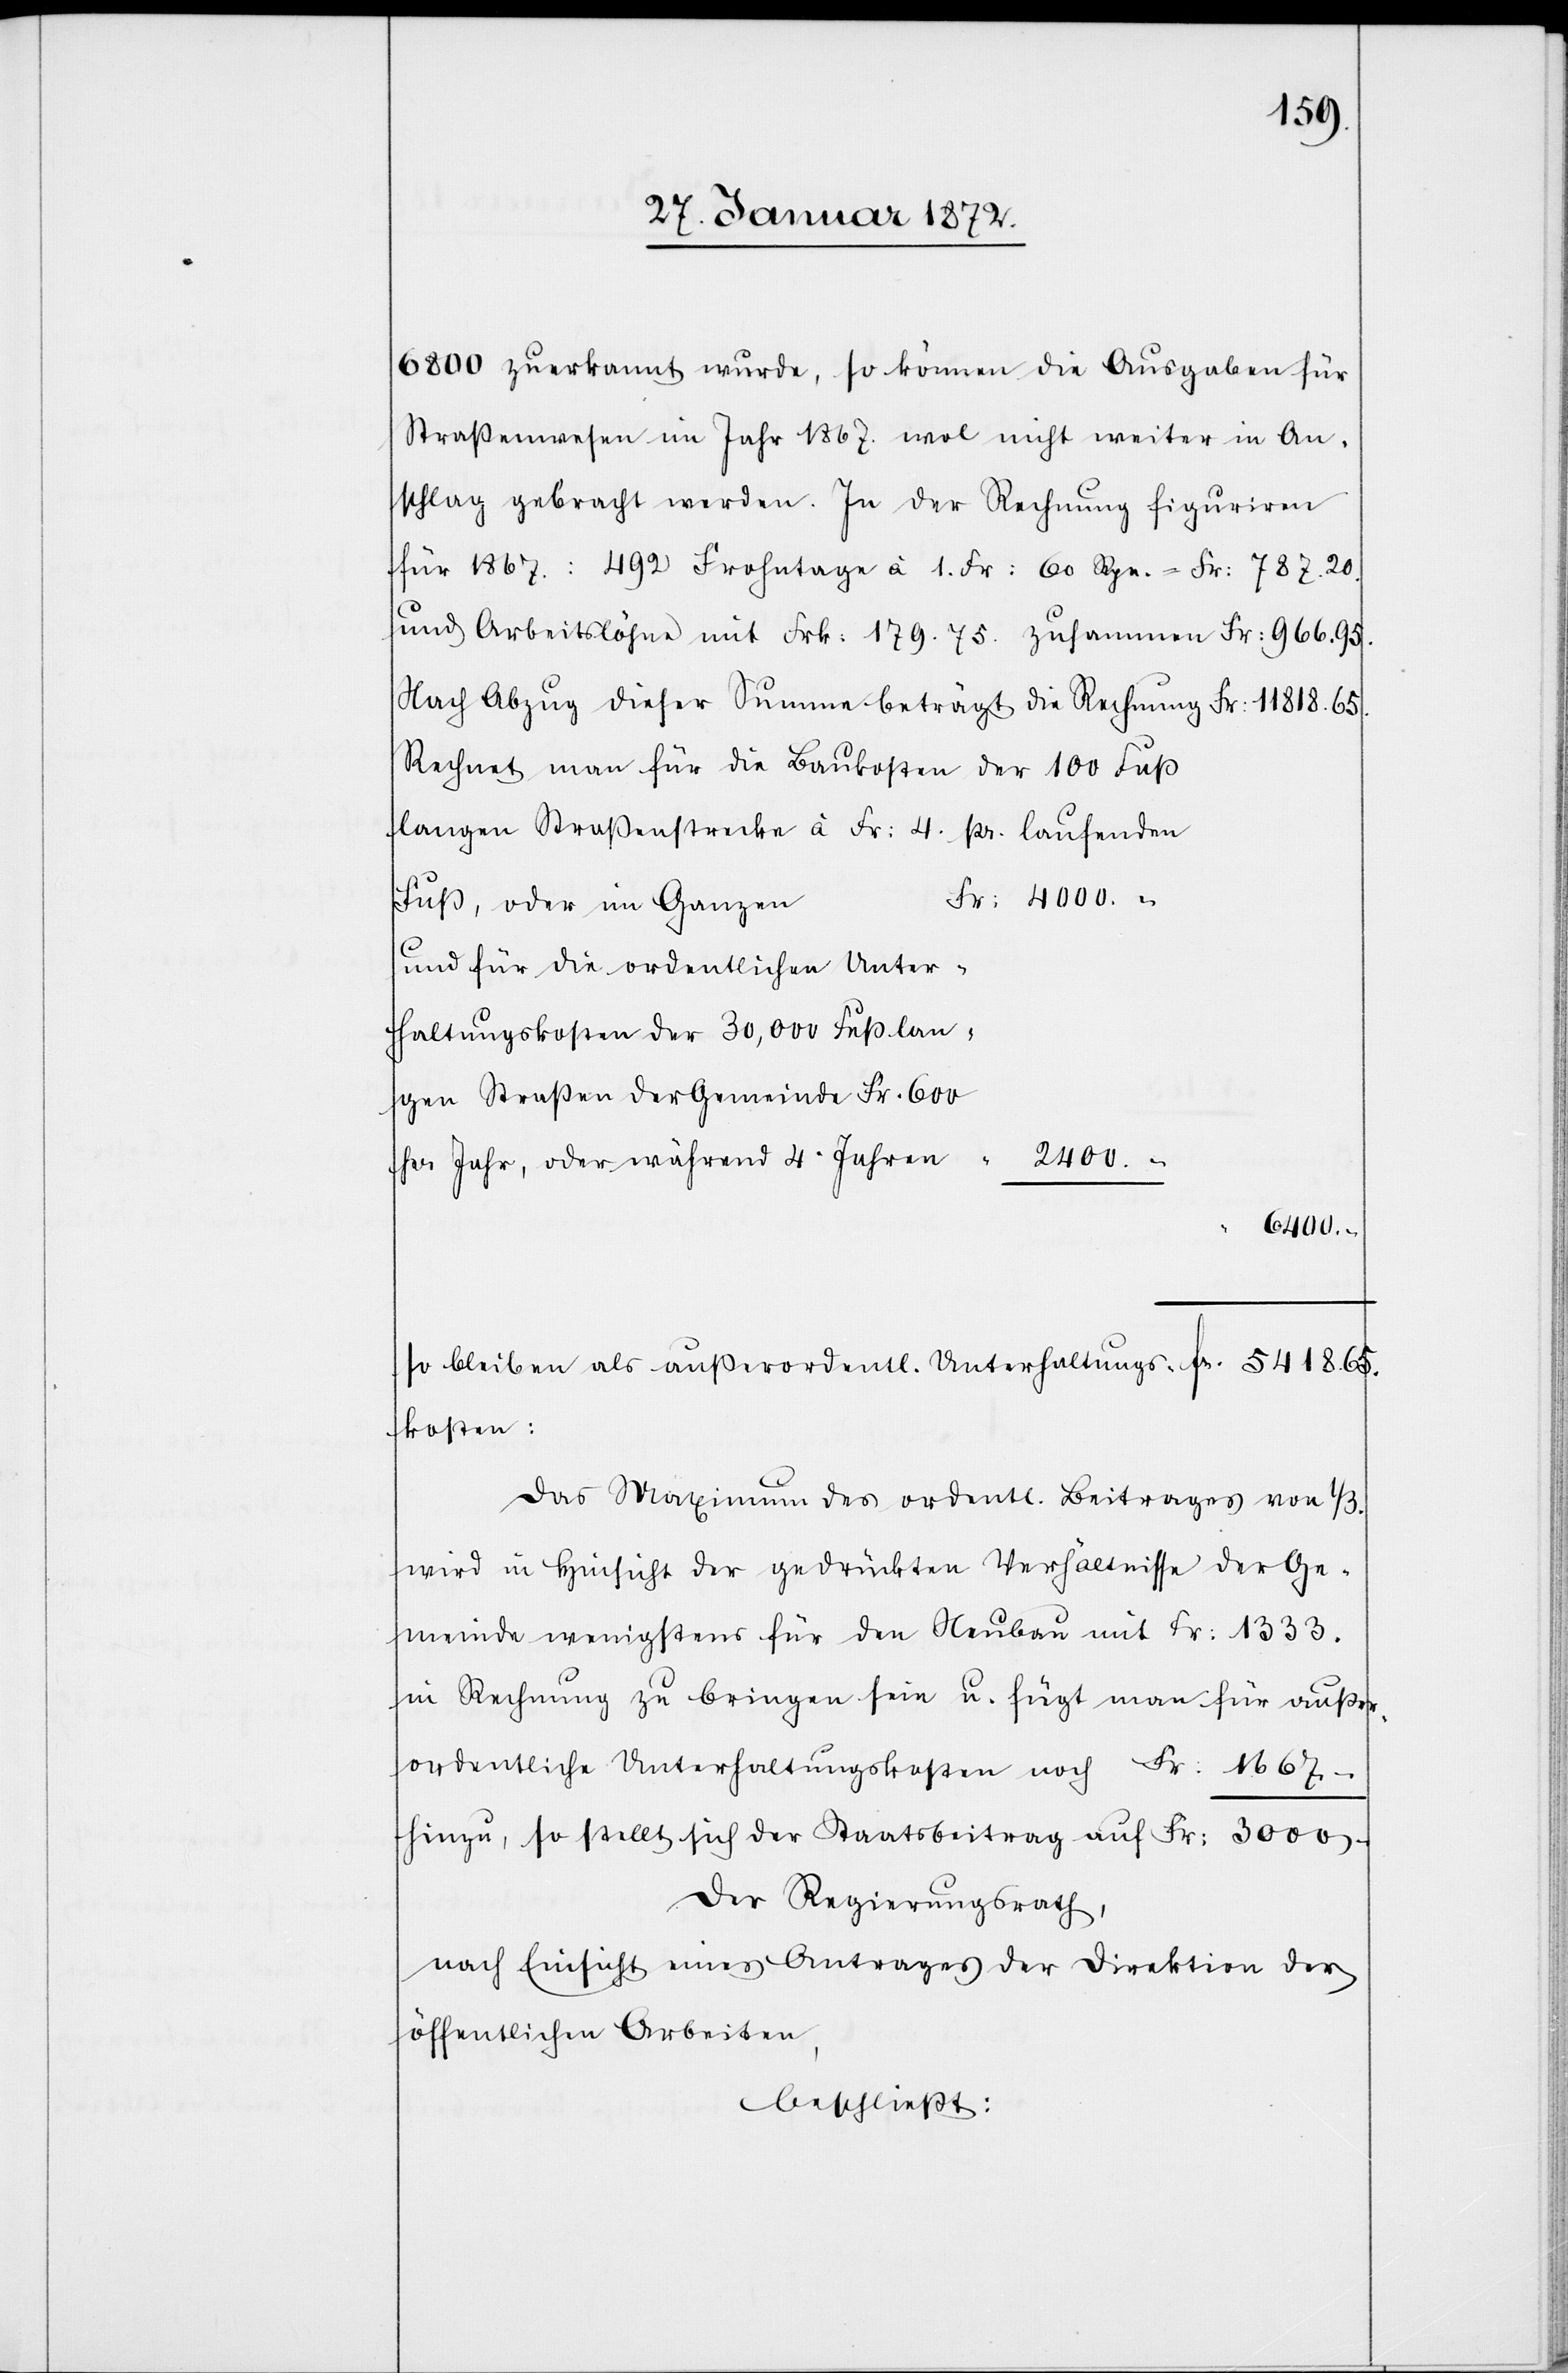
6800 zuerkannt wurde, so können die Ausgaben für
Straßenwesen im Jahre 1867. wol nicht weiter in An¬
schlag gebracht werden. In der Rechnung figuriren
für 1867.: 492 Frohntage à 1. Fr: 60 Rpn. = Fr: 787.20.
und Arbeitslöhne mit Frk: 179.75. zusammen Fr: 966.95.
Nach Abzug dieser Summe beträgt die Rechnung Fr: 11818.65.
Rechnet man für die Baukosten der 100 Fuß
langen Straßenstrecke à Fr: 4. pr. laufenden
Fr: 4000.–
und für die ordentlichen Unter¬
haltungskosten der 30,000 Fuß lan¬
gen Straßen der Gemeinde Fr. 600
frs.
2400.–
pr. Jahr, oder während 4 Jahren
“
6400.–
so bleiben als außerordentl. Unterhaltungskosten:
Das Maximum des ordentl. Beitrages von 1/3.
wird in Hinsicht der gedrückten Verhältnisse der Ge¬
meinde wenigstens für den Neubau mit Fr: 1333.
in Rechnung zu bringen sein u. fügt man für außer¬
ordentliche Unterhaltungskosten noch Fr: 1667.–
hinzu, so stellt sich der Staatsbeitrag auf Fr: 3000.–
Der Regierungsrath,
nach Einsicht eines Antrages der Direktion der
öffentlichen Arbeiten,
beschließt: